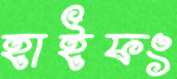
হাইফং